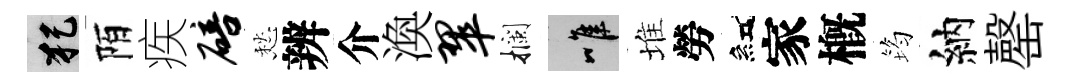
犯陌疾碚愁辨介渙翠攔唯堆勞紅家槪筠納罄